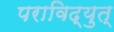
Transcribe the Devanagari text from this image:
पराविद्युत्